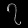
Digit: ၇